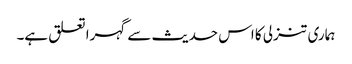
ہماری تنزلی کا اس حدیث سے گہرا تعلق ہے۔